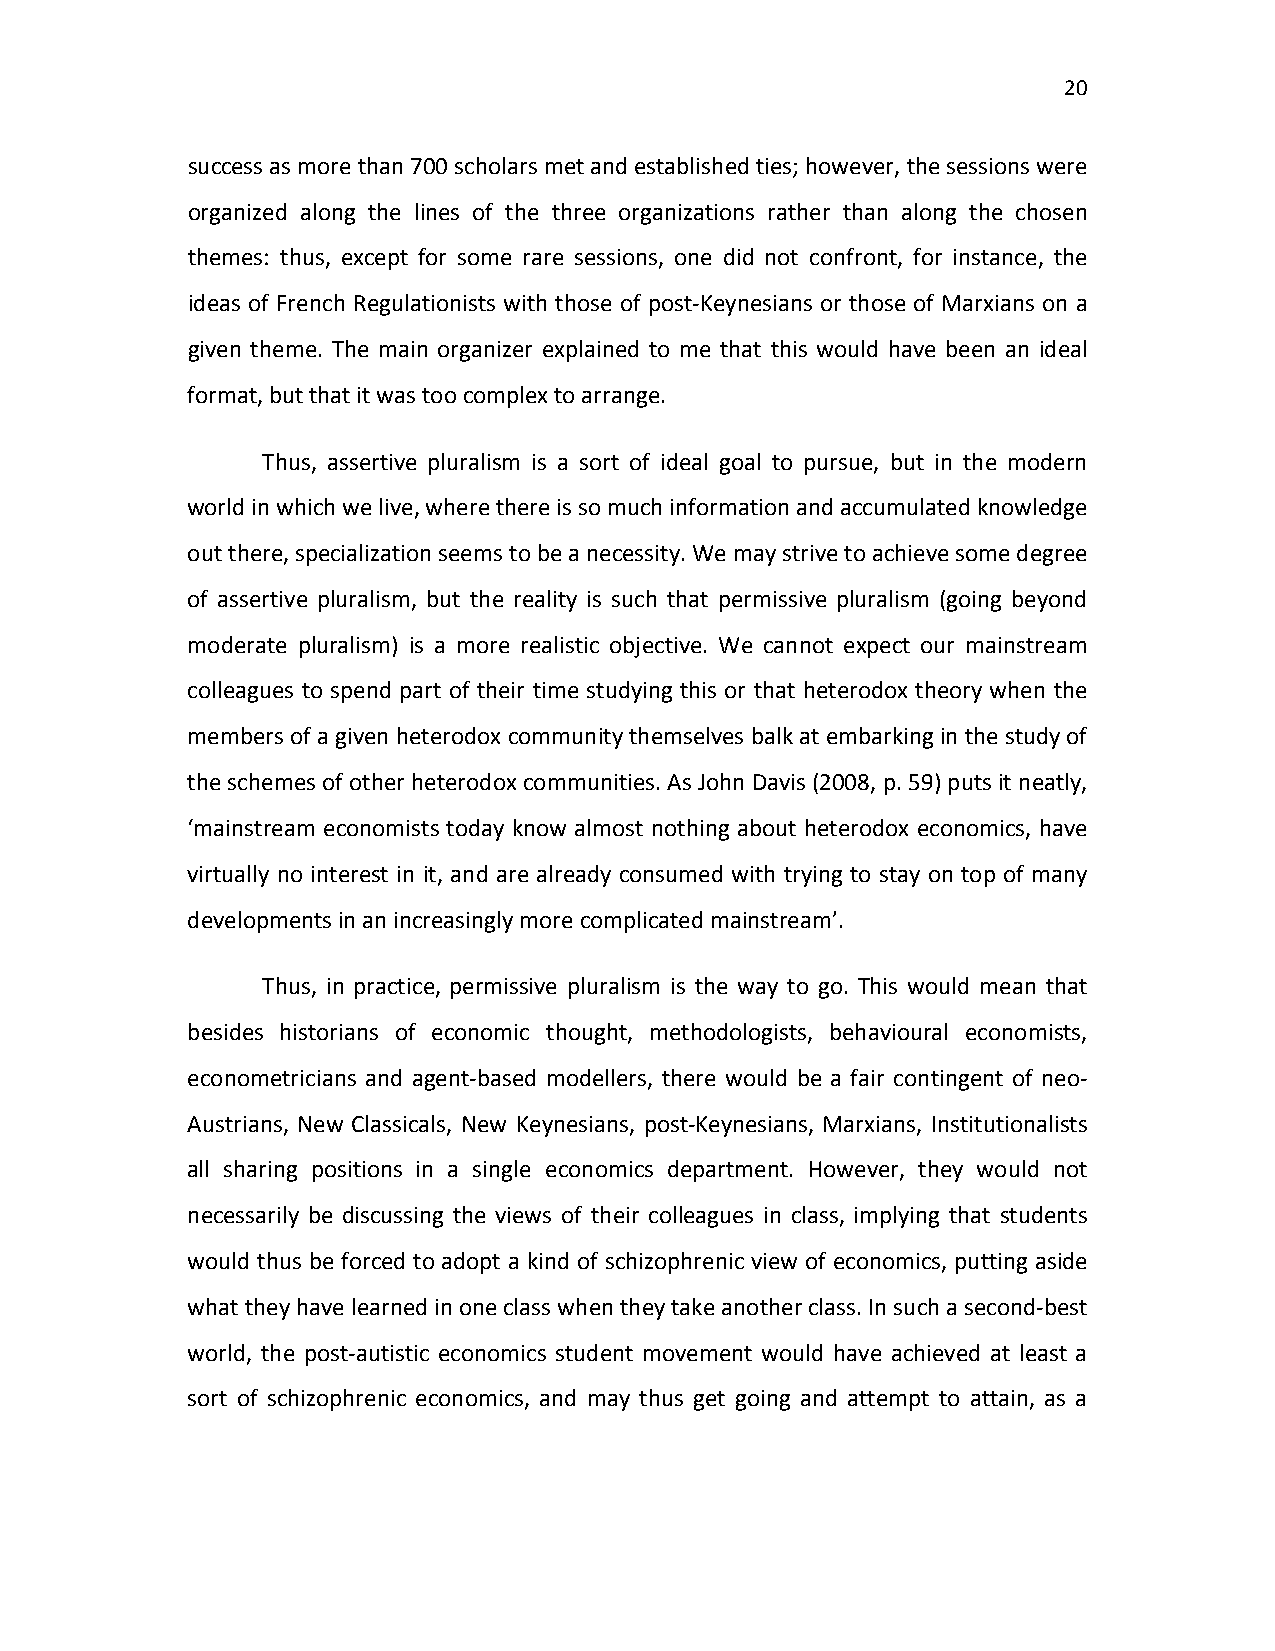
20
 success as more than 700 scholars met and established ties; however, the sessions were
 organized along the lines of the three organizations rather than along the chosen
 themes: thus, except for some rare sessions, one did not confront, for instance, the
 ideas of French Regulationists with those of post-Keynesians or those of Marxians on a
 given theme. The main organizer explained to me that this would have been an ideal
 format, but that it was too complex to arrange.
 Thus, assertive pluralism is a sort of ideal goal to pursue, but in the modern
 world in which we live, where there is so much information and accumulated knowledge
 out there, specialization seems to be a necessity. We may strive to achieve some degree
 of assertive pluralism, but the reality is such that permissive pluralism (going beyond
 moderate pluralism) is a more realistic objective. We cannot expect our mainstream
 colleagues to spend part of their time studying this or that heterodox theory when the
 members of a given heterodox community themselves balk at embarking in the study of
 the schemes of other heterodox communities. As John Davis (2008, p. 59) puts it neatly,
 ‘mainstream economists today know almost nothing about heterodox economics, have
 virtually no interest in it, and are already consumed with trying to stay on top of many
 developments in an increasingly more complicated mainstream’.
 Thus, in practice, permissive pluralism is the way to go. This would mean that
 besides historians of economic thought, methodologists, behavioural economists,
 econometricians and agent-based modellers, there would be a fair contingent of neo-
 Austrians, New Classicals, New Keynesians, post-Keynesians, Marxians, Institutionalists
 all sharing positions in a single economics department. However, they would not
 necessarily be discussing the views of their colleagues in class, implying that students
 would thus be forced to adopt a kind of schizophrenic view of economics, putting aside
 what they have learned in one class when they take another class. In such a second-best
 world, the post-autistic economics student movement would have achieved at least a
 sort of schizophrenic economics, and may thus get going and attempt to attain, as a